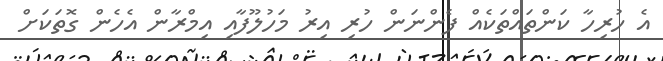
އެ ހުރިހާ ކަންތައްތަކެއް ފެންނަން ހުރި އިރު މަހުލޫފާއި އިމްރާން އެހެން ގޮތަކަށް